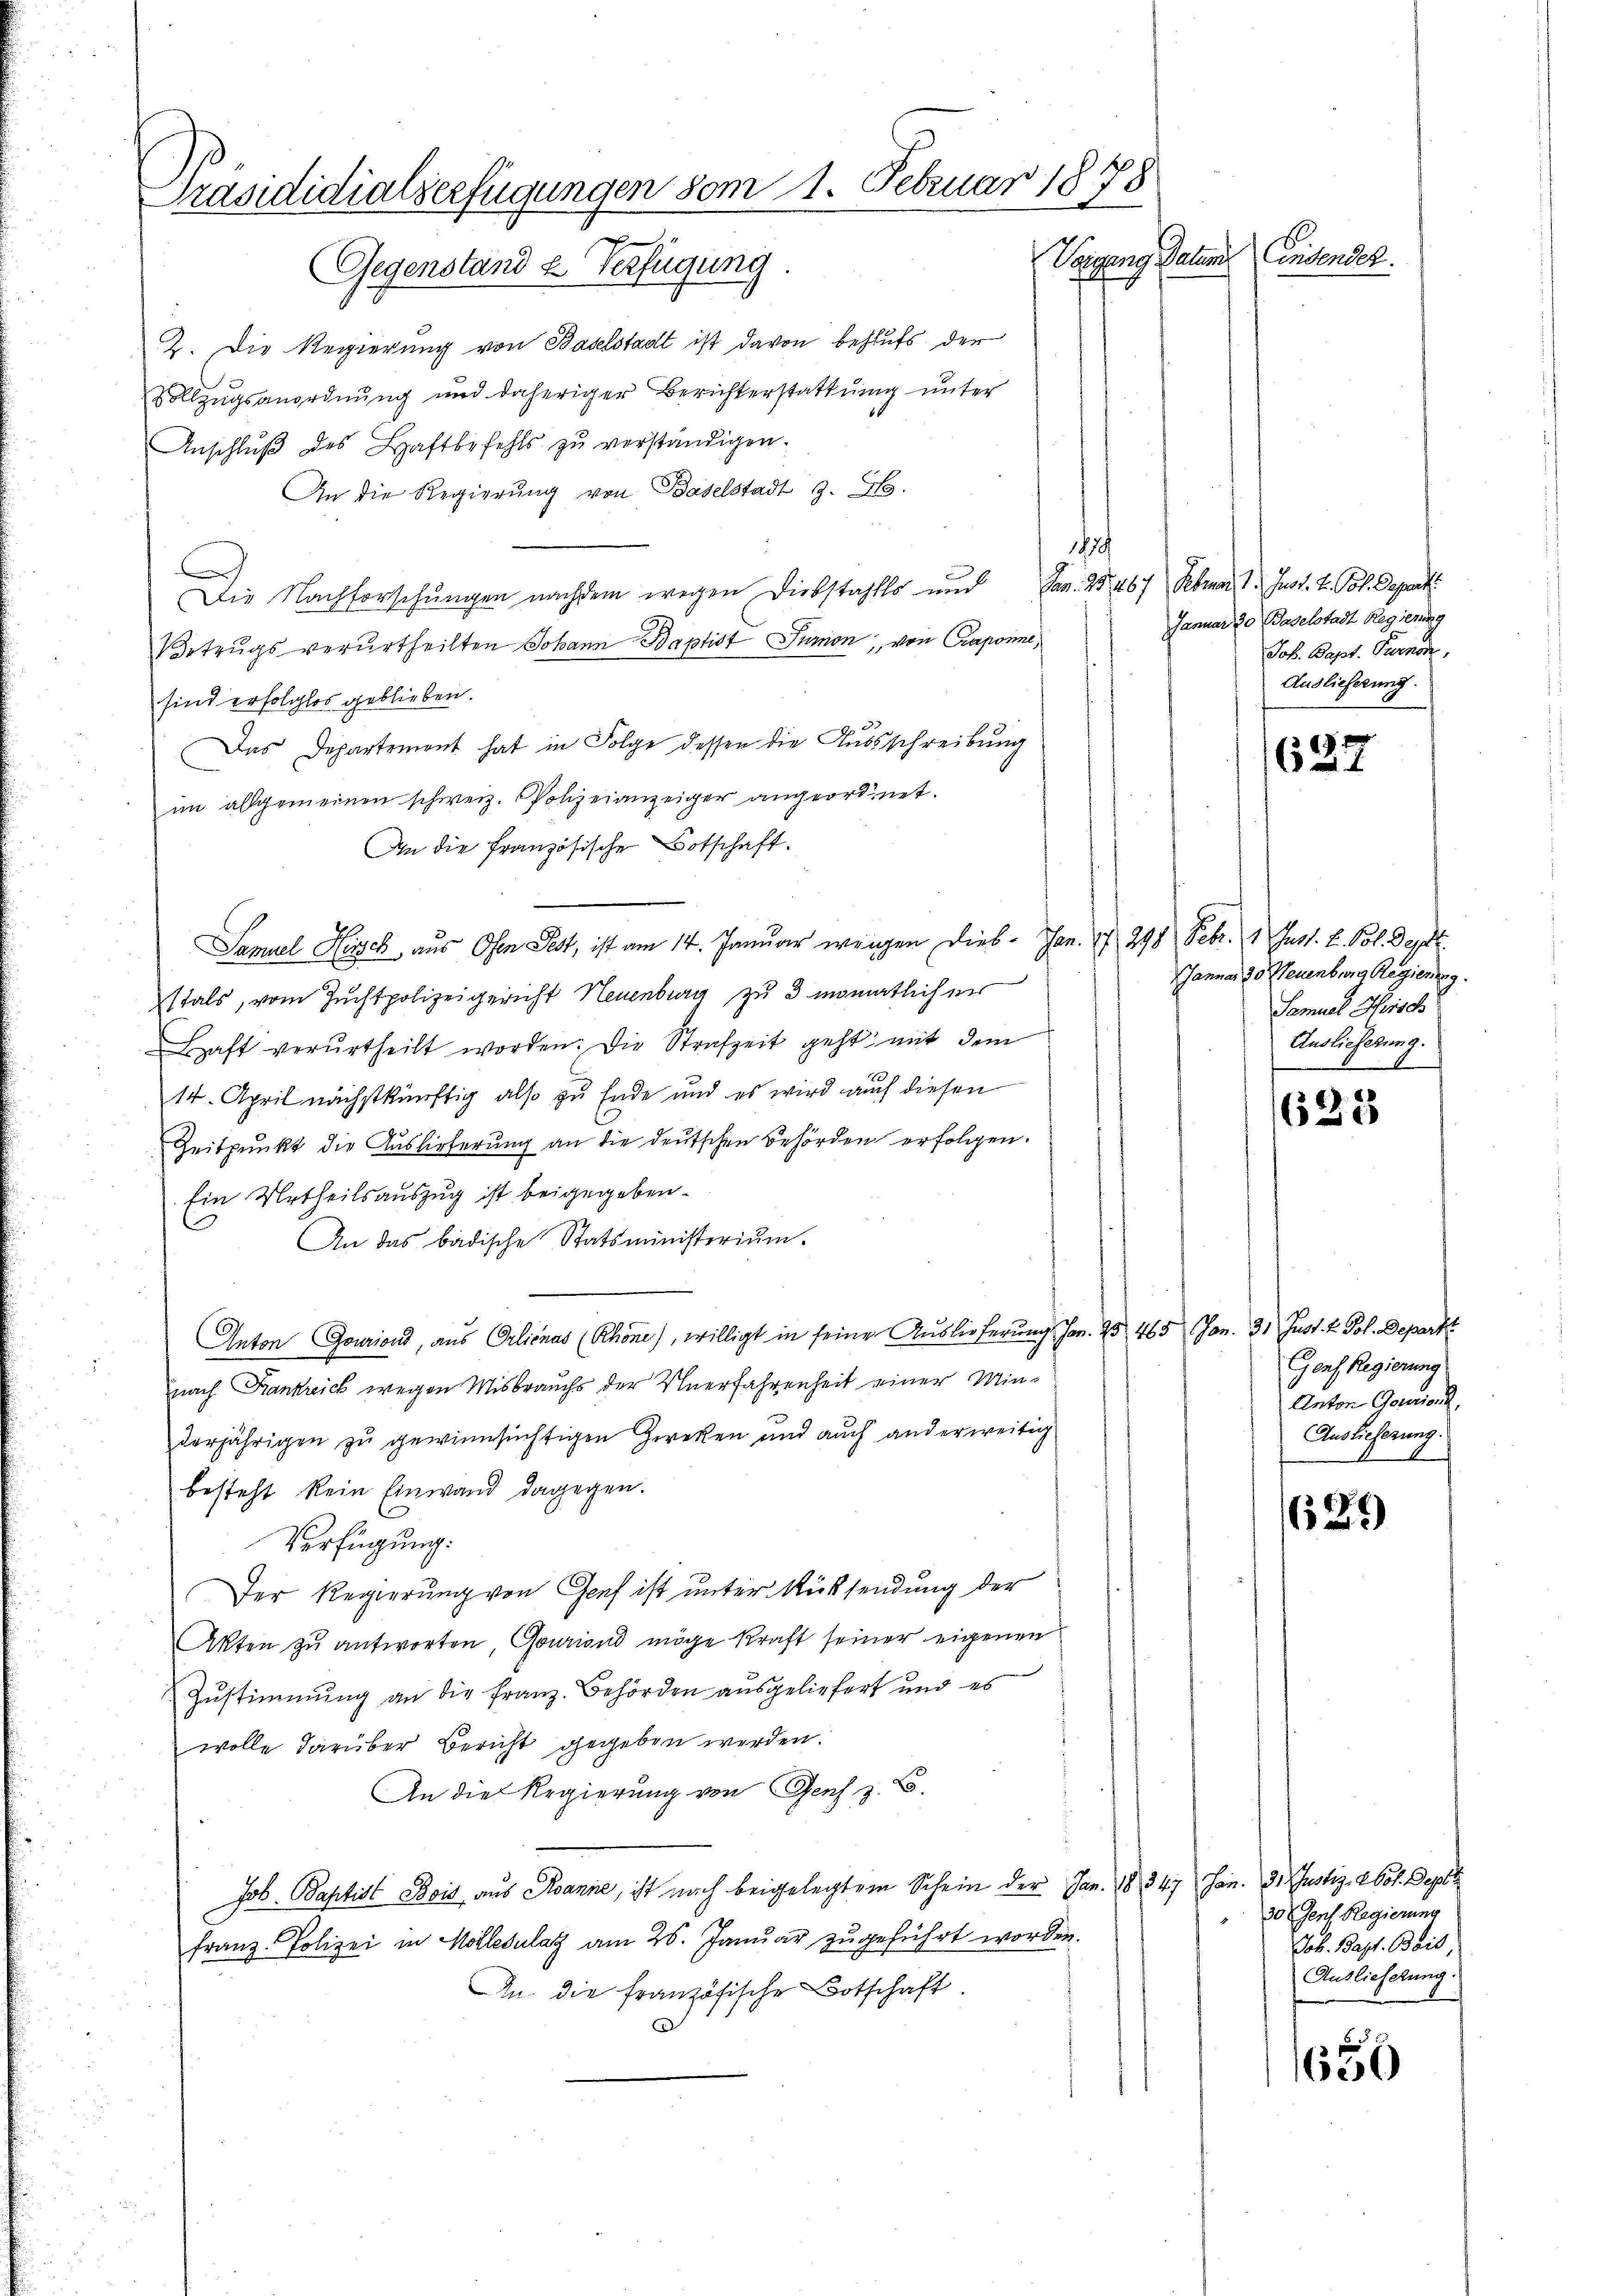
Präsididialverfügungen vom 1. Februar 1878
Vorgang Daten Einsensch
Gegenstand u. Verfügung.
4

2. Die Regierung von Baselstadt ist davon behufs der
Vollzugsanordnung und daheriger Berichterstattung unter
Anschlŭβ des Haftbefehls zŭ verständigen.
An die Regierŭng von Baselstadt 1. Fs.
d
A
Die Nachforschungen nachdem wegen Diebstahls und Jan. 25. 467 Februar 1. Just. V. Pot. Depart
Betrugs verurtheilten Johann Baptist Turnon, von Praponne,
sind erfolglos geblieben.
Das Departement hat in Folge dessen die Aussschreibung
im allgemeinen schweiz. Polizeianzeiger angeordnet.
An die französischen Botschaft.
Samuel Hisch, aus Ofen Fest, ist am 14. Januar wegen Dies. Jan. 1 298 Febr. 1 Fuss. L. Pol. Das
stals, vom Zuchtpolizeigericht Neuenburg zu 3 monatlich ner
haft verurtheilt worden. Die Strafzeit geht mit dem
14. April nächstkünftig also zu Ende und es wird auch diesen
Zeitpunkt die Auslieferung an die deutschen Behörden erfolgen.
Ein Urtheilsauszug ist beigegeben.
An das badische Statsministerium.
Anton Gouriond, aus Orienas (Rhone), willigt in seine Auslieferung hrn. 25, 465 Jan. 31 Just. k. Fol. Depart
nach Krankreich wegen Misbrauchs der Unerfahrenheit einer Minderjährigen zu gewinnsüchtigen Zweken und auch anderweitig
besteht kein Einwand dagegen.
Verfügung:
Der Regierung von Genf ist unter Rücksendung der
Akten zŭ antworten, Gouriond möge Kraft seiner eigenen
Zustimmung an die Franz. Behörden ausgeliefert und es
wolle darüber Bericht gegeben werden.
An die Regierung von Gesch z. B.
Job. Baptist Bois, aus Manne, ist nach beigelegtem Schein der Jan. 1834. Jan. 3. Justiz-Col. Depes
Franz. Polizei in Mölledulat am 26. Januar zugeführt worden.
An die französische Botschaft.
d

Januar 20 Baselstadt Regierung
Job. Bapt. Perno
Auslieferung.

621

Januar 30 Neuenburg Regierung
Samuel Hirsch
Auslieferung.
9

628

Genf Regierung
Anton Gotion,
AAuslieferung.
A

629

30 (Genf Regierung
Job. Bapt. Bais,
Ausliefelung.

50